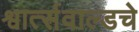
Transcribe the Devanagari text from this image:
श्वार्त्सवाल्डचे